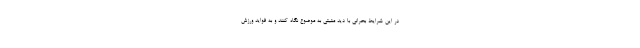
در این شرایط بحرانی با دید مثبتی به موضوع نگاه کنند و به فواید ورزش